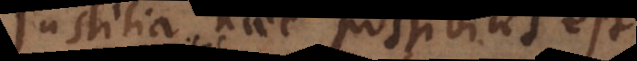
Justitia haec possibilis est